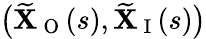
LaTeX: \big(\widetilde{\mathbf{X}}_{\mathrm{~O~}}(s),\widetilde{\mathbf{X}}_{\mathrm{~I~}}(s)\big)